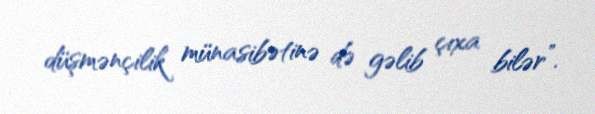
düşmənçilik münasibətinə də gəlib çıxa bilər”.